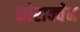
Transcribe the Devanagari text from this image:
कोराक्वेन